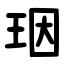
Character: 珚